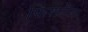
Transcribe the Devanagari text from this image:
फिशटेल